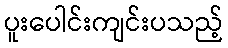
ပူးပေါင်းကျင်းပသည့်